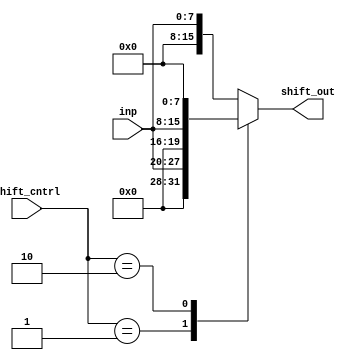
module shifter(
    input [7:0]inp ,
    input  [1:0]shift_cntrl,
    output reg [15:0] shift_out 

);
    always@*
      begin 
      case(shift_cntrl)
      2'b01:shift_out = inp <<4;
      2'b10:shift_out = inp <<8;
      default:shift_out = inp;
      endcase
      end
endmodule